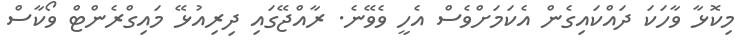
މިކޮޅާ ވާހަކަ ދައްކައިގެން އެކަމަށްވެސް އެހީ ވެވޭނެ. ރާއްޖޭގައި ދިރިއުޅޭ މައިގްރެންޓް ވޯކާސް